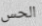
الحس